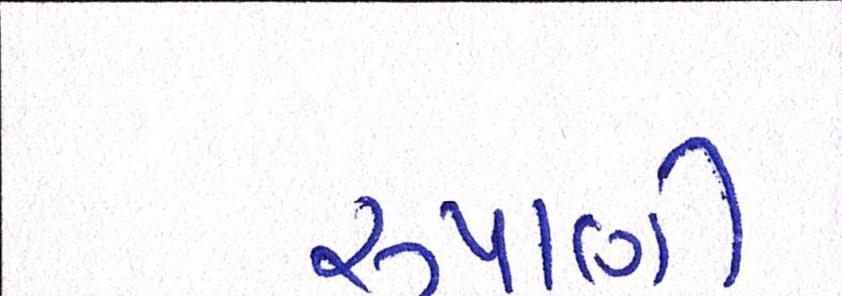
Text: રુપાણી